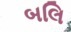
બલિ